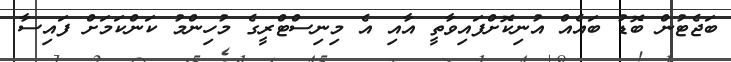
ބަޖެޓުން ބޮޑު ބައެއް އުނިކޮށްފައިވާތީ އާއި އެ މިނިސްޓްރީގެ މުހިންމު ކަންކަމަށް ފައިސާ